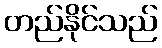
တည်နိုင်သည်